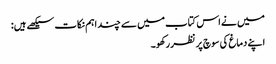
میں نے اس کتاب میں سے چند اہم نکات سیکھے ہیں:
اپنے دماغ کی سوچ پر نظر رکھو۔